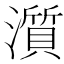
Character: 𤁩